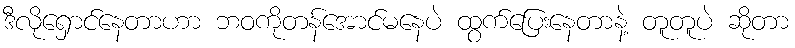
ဒီလိုရှောင်နေတာဟာ ဘဝကိုတန်အောင်မနေပဲ ထွက်ပြေးနေတာနဲ့ တူတူပဲ ဆိုတာ